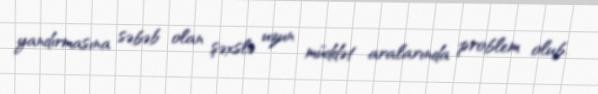
yandırmasına səbəb olan şəxslə uzun müddət aralarında problem olub.